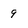
Character: 9